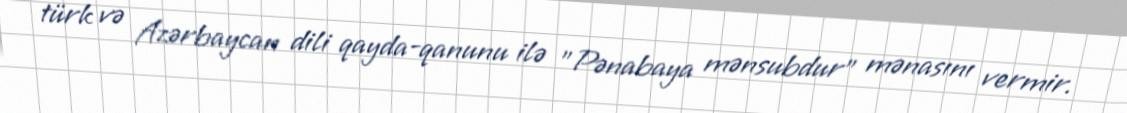
türk və Azərbaycan dili qayda-qanunu ilə "Pənabaya mənsubdur" mənasını vermir.